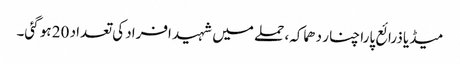
میڈیا ذرائع پارا چنار دھماکہ، حملے میں شہید افراد کی تعداد 20 ہو گئی۔